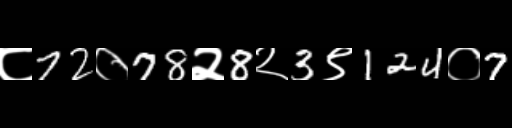
Text: ८72०78२8२3९124०7